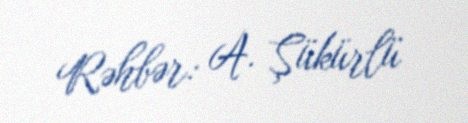
Rəhbər: A. Şükürlü